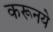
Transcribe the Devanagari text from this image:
करूनये